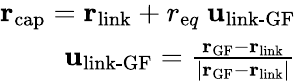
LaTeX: \begin{array}{r}{{\mathbf r}_{\textrm{cap}}={\mathbf r}_{\textrm{link}}+r_{{\textrm eq}}\ {\mathbf u}_{\textrm{link-GF}}}\\ {{\mathbf u}_{\textrm{link-GF}}=\frac{{\mathbf r}_{\textrm{GF}}-{\mathbf r}_{\textrm{link}}}{|{\mathbf r}_{\textrm{GF}}-{\mathbf r}_{\textrm{link}}|}}\end{array}